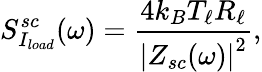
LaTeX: S_{I_{load}}^{sc}(\omega)=\frac{4k_{B}T_{\ell}R_{\ell}}{\left|Z_{sc}(\omega)\right|^{2}},